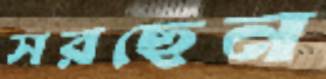
সরছেন